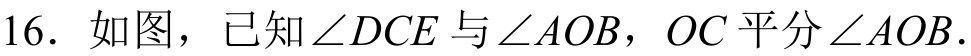
16. 如图，已知\(\angle DCE\)与\(\angle AOB\)，\(OC\)平分\(\angle AOB\).